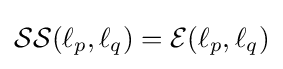
{\mathcal {SS}}(\ell _{p},\ell _{q})={\mathcal {E}}(\ell _{p},\ell _{q})